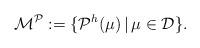
LaTeX: \begin{align*}\mathcal{M}^{\mathcal{P}}:=\lbrace \mathcal{P}^{h}(\mu) \,|\, \mu \in \mathcal{D}\rbrace .\end{align*}